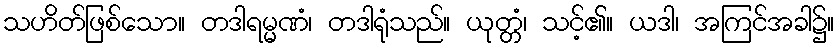
သဟိတ်ဖြစ်သော။ တဒါရမ္မဏံ၊ တဒါရုံသည်။ ယုတ္တံ၊ သင့်၏။ ယဒါ၊ အကြင်အခါ၌။